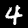
Digit: 4